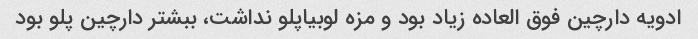
ادویه دارچین فوق العاده زیاد بود و مزه لوبیاپلو نداشت، ببشتر دارچین پلو بود